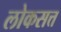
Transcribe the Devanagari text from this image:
लोकसत्त